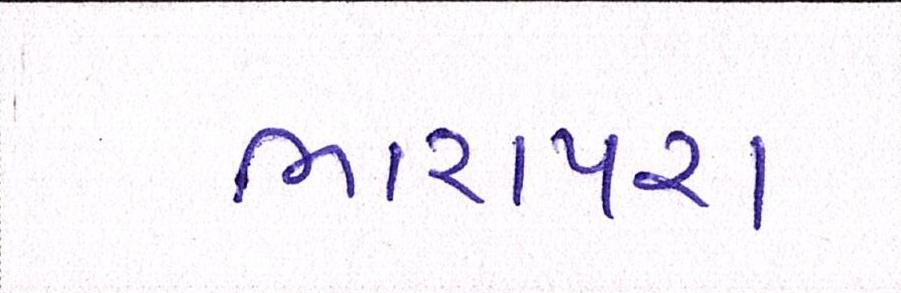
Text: ભારાપરા